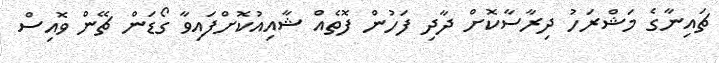
ޗައިނާގެ މަޝްރަހު ދިރާސާކޮށް ދާދި ފަހުން ފޮތެއް ޝާއިއުކޮށްފައިވާ ގޯޑަން ޗޭން ވޮއިސް